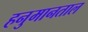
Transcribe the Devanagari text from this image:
हनुमानताल